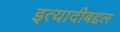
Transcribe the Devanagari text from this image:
इत्यादीबद्दल